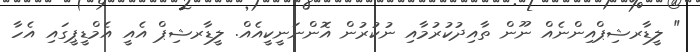
" ލީޑާރޝިޕްއިންނެއް ނޫން ތާއިދުކުރުމާއި ނުކުރުން އޮންނަނީކީއެއް. ލީޑާރޝިޕް އެއީ އެމްޑީޕީގައި އެހާ